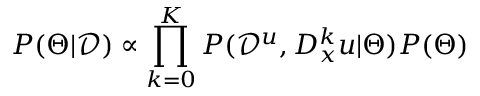
P ( \Theta | \mathcal { D } ) \propto \prod _ { k = 0 } ^ { K } P ( \mathcal { D } ^ { u } , D _ { x } ^ { k } u | \Theta ) P ( \Theta )